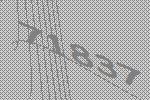
71837